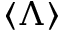
\langle \Lambda \rangle